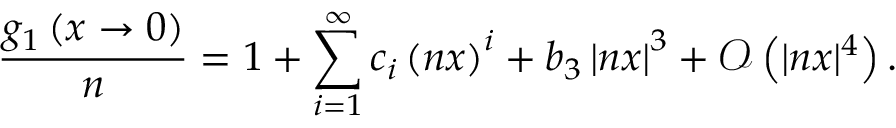
\frac { g _ { 1 } \left( x \to 0 \right) } { n } = 1 + \sum _ { i = 1 } ^ { \infty } c _ { i } \left( n x \right) ^ { i } + b _ { 3 } \left| n x \right| ^ { 3 } + \mathcal { O } \left( | n x | ^ { 4 } \right) .